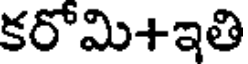
కరోమి+ఇతి